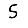
Digit: 5